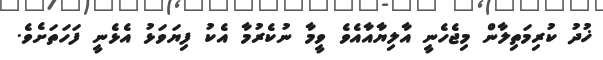
ޚުދު ކުރިމަތިލާން މިޖެހެނީ އާލިޔާއާއެވެ ވީމާ ނުކެރުމާ އެކު ފިޔަވަޅު އެޅެނީ ފަހަތަށެވެ.